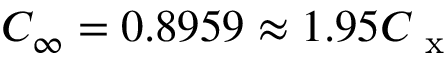
C _ { \infty } = 0 . 8 9 5 9 \approx 1 . 9 5 C _ { \mathrm { ~ x ~ } }